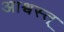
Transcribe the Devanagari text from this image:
आश्वस्त्